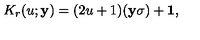
K _ { r } ( u ; { \bf y } ) = ( 2 u + 1 ) ( { \bf y } { \bf { \sigma } } ) + { \bf 1 } ,